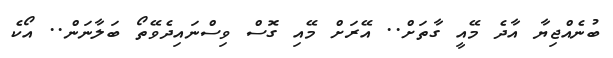
ބުނެއްޖިޔާ އާދެ މޭއީ ގާތަށް.. އޭރަށް މޭއި ގޮސް ވިސްނައިދެވޭތޯ ބަލާނަން.. އޯކެ